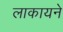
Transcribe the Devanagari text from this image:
लाकायने